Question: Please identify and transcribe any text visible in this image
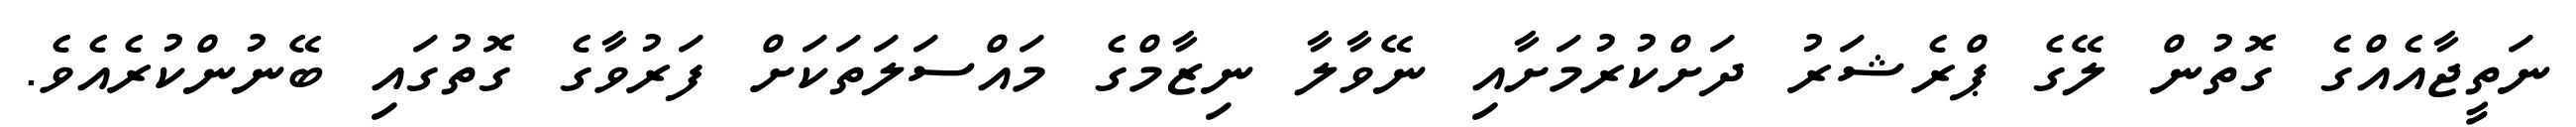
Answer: ނަތީޖާއެއްގެ ގޮތުން ލޭގެ ޕްރެޝަރު ދަށްކުރުމަށާއި ނޭވާލާ ނިޒާމްގެ މައްސަލަތަކަށް ފަރުވާގެ ގޮތުގައި ބޭނުންކުރެއެވެ.